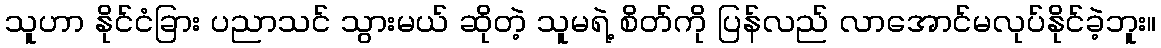
သူဟာ နိုင်ငံခြား ပညာသင် သွားမယ် ဆိုတဲ့ သူမရဲ့ စိတ်ကို ပြန်လည် လာအောင်မလုပ်နိုင်ခဲ့ဘူး။